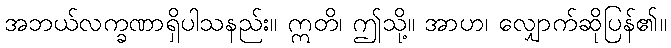
အဘယ်လက္ခဏာရှိပါသနည်း။ ဣတိ၊ ဤသို့။ အာဟ၊ လျှောက်ဆိုပြန်၏။